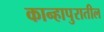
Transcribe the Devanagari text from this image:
कान्हापुरातील